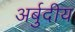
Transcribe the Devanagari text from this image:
अर्बुदीय